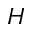
H